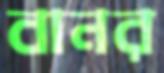
বানর